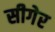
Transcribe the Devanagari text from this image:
सीगेर